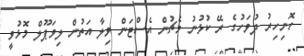
ހޮނިހިރު ދުވަހުގެ ރޭ ކުޅުނު މެޗުން އެސްޓަން ވިލާ އަތުން ލިވަޕޫލް މޮޅުވީ